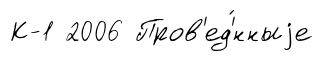
К-1 2006 Пров'ед'́нныjе